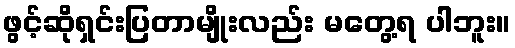
ဖွင့်ဆိုရှင်းပြတာမျိုးလည်း မတွေ့ရ ပါဘူး။